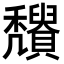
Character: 𥤒